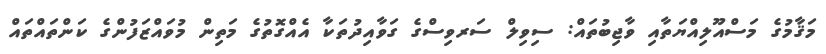
މަޤާމުގެ މަސްއޫލިއްޔަތާއި ވާޖިބުތައް: ސިވިލް ސަރވިސްގެ ގަވާއިދުތަކާ އެއްގޮތުގެ މަތިން މުވައްޒަފުންގެ ކަންތައްތައް